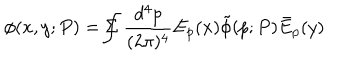
\phi ( x , y ; P ) = \Sigma \! \! \! \! \! \! \int \frac { d ^ { 4 } p } { ( 2 \pi ) ^ { 4 } } E _ { p } ( x ) \tilde { \phi } ( p ; P ) \bar { E } _ { p } ( y )